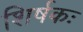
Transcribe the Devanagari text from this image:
शिर्षकः